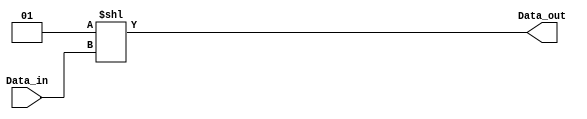
`timescale 1ns / 1ps

/*
          8 to 3 Decoder
            Truth Table
    in [2:0]        out [7:0]
    ============================
     0 0 0       0 0 0 0 0 0 0 1
     0 0 1       0 0 0 0 0 0 1 0
     0 1 0       0 0 0 0 0 1 0 0
     0 1 1       0 0 0 0 1 0 0 0
     1 0 0       0 0 0 1 0 0 0 0
     1 0 1       0 0 1 0 0 0 0 0
     1 1 0       0 1 0 0 0 0 0 0
     1 1 1       1 0 0 0 0 0 0 0
*/

module Decoder(
  input [2:0] Data_in,      // 3-bit encoded input
  output reg [7:0] Data_out // 8-bit decoded output
);  
  // Whenever `Data_in` changes...
  always @(Data_in)
    Data_out <= (1 << Data_in);
endmodule